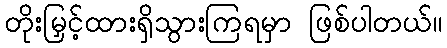
တိုးမြှင့်ထားရှိသွားကြရမှာ ဖြစ်ပါတယ်။